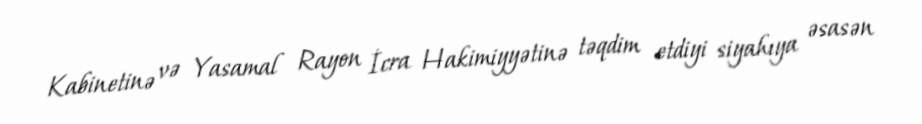
Kabinetinə və Yasamal Rayon İcra Hakimiyyətinə təqdim etdiyi siyahıya əsasən